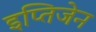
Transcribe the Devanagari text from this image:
इप्तिजेन